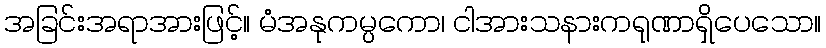
အခြင်းအရာအားဖြင့်။ မံအနုကမ္ပကော၊ ငါအားသနားကရုဏာရှိပေသော။